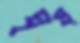
ঘৃষ্